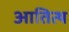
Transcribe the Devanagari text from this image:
आतित्थ